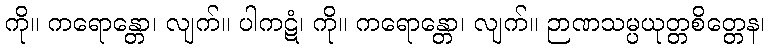
ကို။ ကရောန္တော၊ လျက်။ ပါကဋံ၊ ကို။ ကရောန္တော၊ လျက်။ ဉာဏသမ္ပယုတ္တစိတ္တေန၊